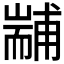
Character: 𦓞